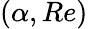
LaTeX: \left(\alpha,Re\right)